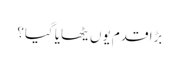
بڑا قدم یوں یٹھایا گیا؟